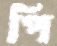
পি